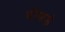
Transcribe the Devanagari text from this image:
वीकड़े